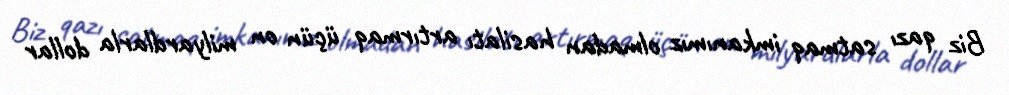
Biz qazı satmaq imkanımız olmadan hasilatı artırmaq üçün on milyardlarla dollar